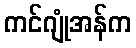
ကင်ဂျုံအန်က